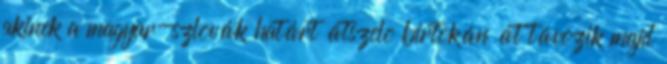
akinek a magyar-szlovák határt átszelõ birtokán át távozik majd